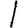
Digit: 1